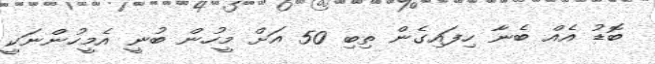
ބޮޑު އެއް ބެނާ ހިފައިގެން ތިބި 50 އަށް މީހުން ބުނީ އެމީހުންނަކީ